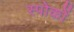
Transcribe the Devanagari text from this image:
स्पोकों